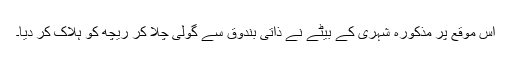
اس موقع پر مذکورہ شہری کے بیٹے نے ذاتی بندوق سے گولی چلا کر ریچھ کو ہلاک کر دیا۔